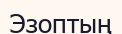
Эзоптың